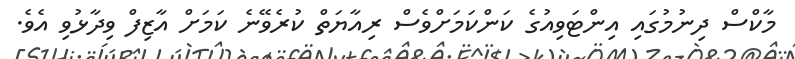
މާކްސް ދިނުމުގައި އިންޓަވިއުގެ ކަންކަމަށްވެސް ރިއާޔަތް ކުރެވޭނެ ކަމަށް އާޒިފް ވިދާޅުވި އެވެ.